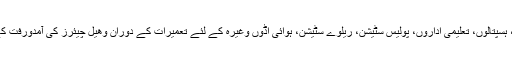
اس قانون کے تحت حکومت نے تمام عوامی مقامات، بینک، ہسپتالوں، تعلیمی اداروں، پولیس سٹیشن، ریلوے سٹیشن، ہوائی اڈوں وغیرہ کے لئے تعمیرات کے دوران وھیل چیئرز کی آمدورفت کے لئے خصوصی راستوں کی تعمیر کو لازمی قرار دیا ہے۔